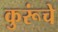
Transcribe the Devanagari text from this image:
कुरूंचे